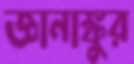
জ্ঞানাঙ্কুর